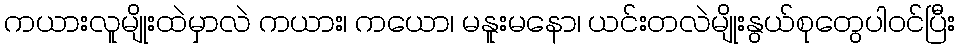
ကယားလူမျိုးထဲမှာလဲ ကယား၊ ကယော၊ မနူးမနော၊ ယင်းတလဲမျိုးနွယ်စုတွေပါဝင်ပြီး